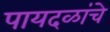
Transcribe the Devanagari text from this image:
पायदळांचे